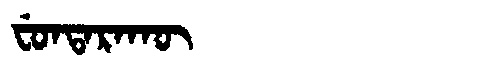
Manchu: ᠸᡠᠨᡨᠠᡵᠠᡴᡡ
Romanization: FUNTARAKŪ